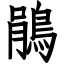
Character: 鵑